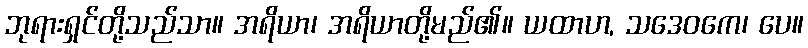
ဘုရားရှင်တို့သည်သာ။ အရိယာ၊ အရိယာတို့မည်၏။ ယထာဟ, သဒေဝကေ၊ ပေ။